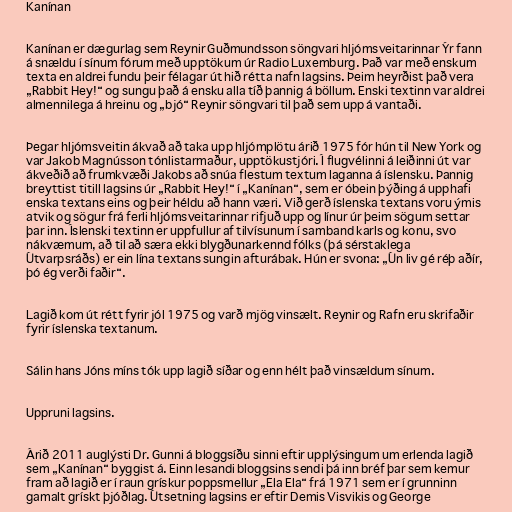
Kanínan

Kanínan er dægurlag sem Reynir Guðmundsson söngvari hljómsveitarinnar Ýr fann
á snældu í sínum fórum með upptökum úr Radio Luxemburg. Það var með enskum
texta en aldrei fundu þeir félagar út hið rétta nafn lagsins. Þeim heyrðist það vera
„Rabbit Hey!“ og sungu það á ensku alla tíð þannig á böllum. Enski textinn var aldrei
almennilega á hreinu og „bjó“ Reynir söngvari til það sem upp á vantaði.

Þegar hljómsveitin ákvað að taka upp hljómplötu árið 1975 fór hún til New York og
var Jakob Magnússon tónlistarmaður, upptökustjóri. Í flugvélinni á leiðinni út var
ákveðið að frumkvæði Jakobs að snúa flestum textum laganna á íslensku. Þannig
breyttist titill lagsins úr „Rabbit Hey!“ í „Kanínan“, sem er óbein þýðing á upphafi
enska textans eins og þeir héldu að hann væri. Við gerð íslenska textans voru ýmis
atvik og sögur frá ferli hljómsveitarinnar rifjuð upp og línur úr þeim sögum settar
þar inn. Íslenski textinn er uppfullur af tilvísunum í samband karls og konu, svo
nákvæmum, að til að særa ekki blygðunarkennd fólks (þá sérstaklega
Útvarpsráðs) er ein lína textans sungin afturábak. Hún er svona: „Ún liv gé réþ aðír,
þó ég verði faðir“.

Lagið kom út rétt fyrir jól 1975 og varð mjög vinsælt. Reynir og Rafn eru skrifaðir
fyrir íslenska textanum.

Sálin hans Jóns míns tók upp lagið síðar og enn hélt það vinsældum sínum.

Uppruni lagsins.

Árið 2011 auglýsti Dr. Gunni á bloggsíðu sinni eftir upplýsingum um erlenda lagið
sem „Kanínan“ byggist á. Einn lesandi bloggsins sendi þá inn bréf þar sem kemur
fram að lagið er í raun grískur poppsmellur „Ela Ela“ frá 1971 sem er í grunninn
gamalt grískt þjóðlag. Útsetning lagsins er eftir Demis Visvikis og George